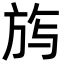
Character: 𭤰